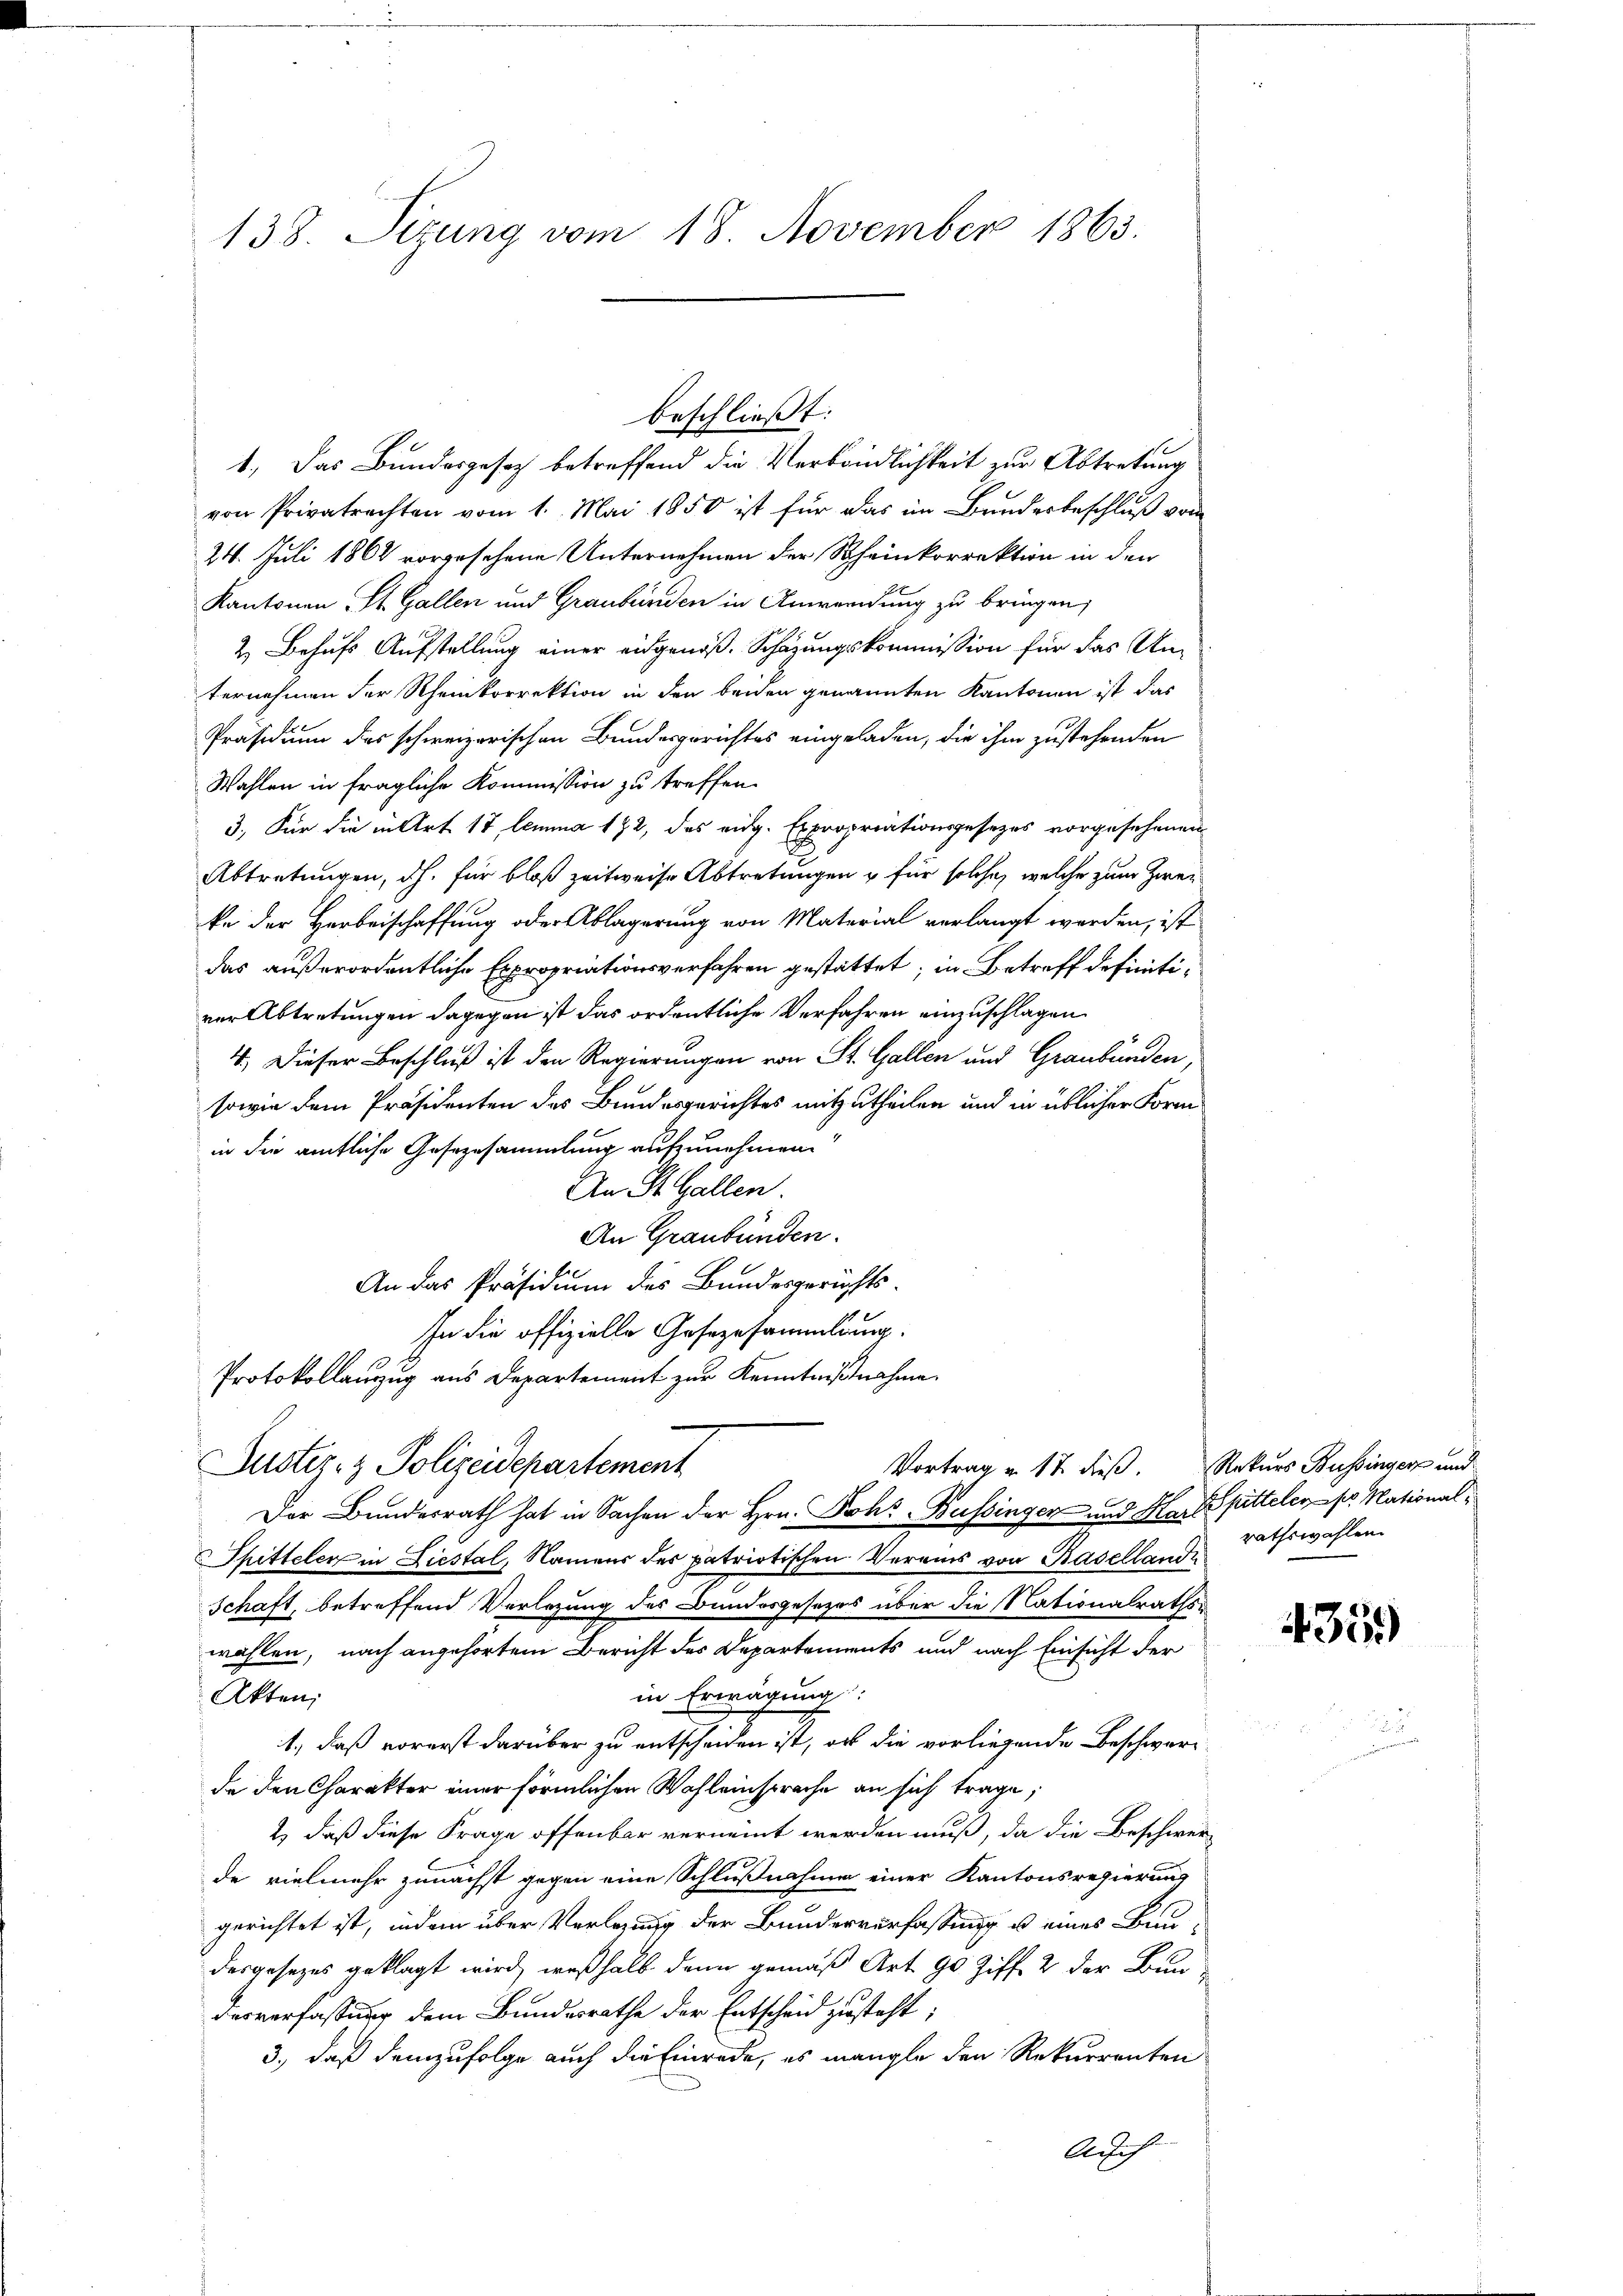
138. Sizung vom 18. November 1863.

von Privatrechten vom 1. Mai 1850 ist für das im Bundesbeschluß vom
24. Juli 1862 vorgesehene Unternehmen der Rheinkorrektion in den
Kantonen St. Gallen und Graubünden in Anwendung zu bringen;
2. Behufs Aufstellung einer eidgenöß. Schazungskommission für das Unternehmen der Rheinkorrektion in den beiden genannten Kantonen ist das
Präsidium des schweizerischen Bundesgerichtes eingeladen, die ihm zustehenden
Wahlen in fragliche Kommission zu treffen.
3.) Für die in Art 17 lemma 172, das eidg. Expropriationsgesezes vorgesehenen
Abtretungen, dh. für bloß zeitweise Abtretungen u für solche, welche zum Zweike der Herbeischaffung oder Ablagerung von Material verlangt worden, ist
das außerordentliche Expropriationsverfahren gestattet; in Betreff definitiver Abtretungen dagegen ist das ordentliche Verfahren einzuschlagen.
4. Dieser Beschluß ist den Regierungen von St. Gallen und Graubünden,
sowie dem Präsidenten des Bundesgerichtes mitzutheilen und in üblicher Form
in die amtliche Gesezesammlung aufzunehmen.
An St. Gallen.
An Graubünden.
An das Präsidium des Bundesgerichts-
In die offizielle Gesezesammlung.
Protokollauszug aus Departement zur Kenntnißnahme
Justiz- & Polizeidepartement
Vortrag u. 17 dieß. Rekurs Bussingerz und
Der Bundesrath hat in Sachen der Hrn. Joh. Bussingen und Mart sitteler pr. National¬
Thitteler in Liestal, Namens des patriotischen Vereins von Basellande
Schaft, betreffend Verlegung des Bundesgesezes über die Nationalraths-
wählen, nach angehörtem Bericht des Departements und nach Einsicht der
in Erwägung:
Akten;
1., daß vorerst darüber zu entscheiden ist, ob die vorliegende Beschwere
de den Charakter einer förmlichen Wahleinsprache an sich trage,
2) daß diese Frage offenbar verneint werden muß, da die Beschwer-
de vielmehr zunächst gegen eine Schlußnahmen einer Kantonsregierung
gerichtet ist, indem über Verlegung der Bunderverfassung u eines Bau-
desgesezes geklagt wird, weßhalb dann gemäß Art. 90 Ziff. 2 der Bundesverfassung dem Bundesrathe der Entscheid zusteht;
3., daß demzufolge auch die Einrede, es mangle den Rekurrenten
Auch

beschließt:
1.) Das Bundesgesetz betreffend die Verbändlichkeit zur Abtretung

rathswahlen.

4359)